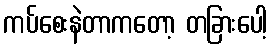
ကပ်စေးနဲတာကတော့ တခြားပေါ့